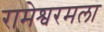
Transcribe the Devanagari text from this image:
रामेश्वरमला